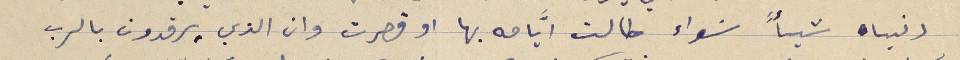
دنياه شيأً سَواء طالت ايَّامه بها او قصرت وان الذين يرقدون بالرب